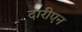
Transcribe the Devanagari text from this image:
दारीएन